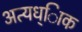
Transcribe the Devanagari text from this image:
अत्यध्ािक